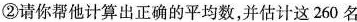
②请你帮他计算出正确的平均数，并估计这260名